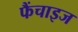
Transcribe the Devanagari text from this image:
फैंचाइज